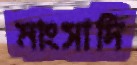
মাংসাদি